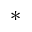
^ *